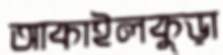
আকাইলকুড়া